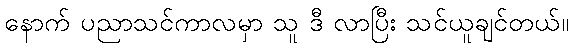
နောက် ပညာသင်ကာလမှာ သူ ဒီ လာပြီး သင်ယူချင်တယ်။